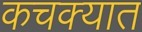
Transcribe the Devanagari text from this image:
कचक्यात